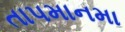
તાપમાનમા